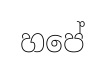
හපේ